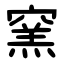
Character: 窯